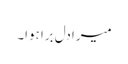
میرا دل برا ہوا۔